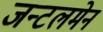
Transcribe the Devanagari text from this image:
जन्टलमेन